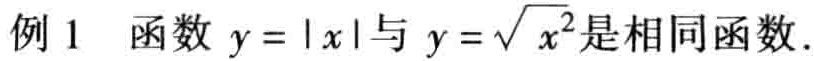
例1 函数 \(y = |x|\) 与 \(y = \sqrt{x^{2}}\)是相同函数.